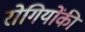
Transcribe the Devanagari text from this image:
रोगियोंकी